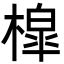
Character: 槹